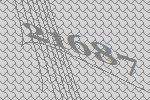
21687